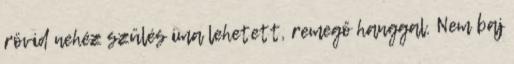
rövid nehéz szülés ima lehetett, remegő hanggal. Nem baj